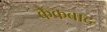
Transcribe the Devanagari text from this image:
कैकबाद